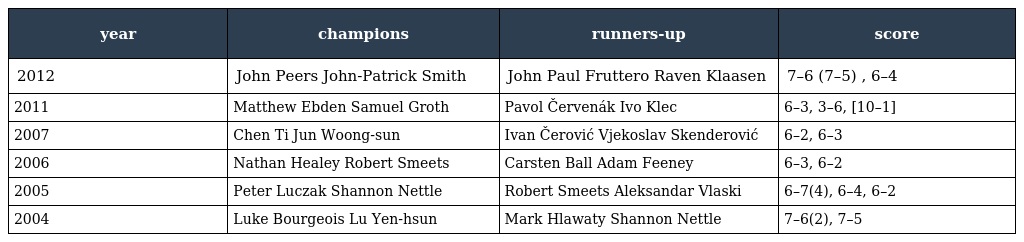
| year | champions | runners-up | score |
 | --- | --- | --- | --- |
 | 2012 | John Peers John-Patrick Smith | John Paul Fruttero Raven Klaasen | 7–6 (7–5) , 6–4 |
 | 2011 | Matthew Ebden Samuel Groth | Pavol Červenák Ivo Klec | 6–3, 3–6, [10–1] |
 | 2007 | Chen Ti Jun Woong-sun | Ivan Čerović Vjekoslav Skenderović | 6–2, 6–3 |
 | 2006 | Nathan Healey Robert Smeets | Carsten Ball Adam Feeney | 6–3, 6–2 |
 | 2005 | Peter Luczak Shannon Nettle | Robert Smeets Aleksandar Vlaski | 6–7(4), 6–4, 6–2 |
 | 2004 | Luke Bourgeois Lu Yen-hsun | Mark Hlawaty Shannon Nettle | 7–6(2), 7–5 |